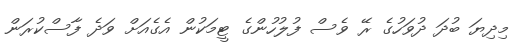
މިދިޔަ ބުދަ ދުވަހުގެ ރޭ ވެސް ފުލުހުންގެ ޓީމަކުން އެގެއަށް ވަދެ ފާސްކުރަން